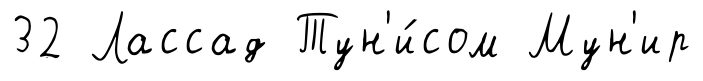
32 Лассад Тун'и́сом Мун'ир